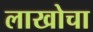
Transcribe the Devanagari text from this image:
लाखोचा